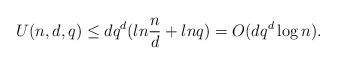
LaTeX: \begin{align*}U(n,d,q) \leq dq^{d}(ln \frac{n}{d} + ln q) = O(dq^{d}\log n).\end{align*}